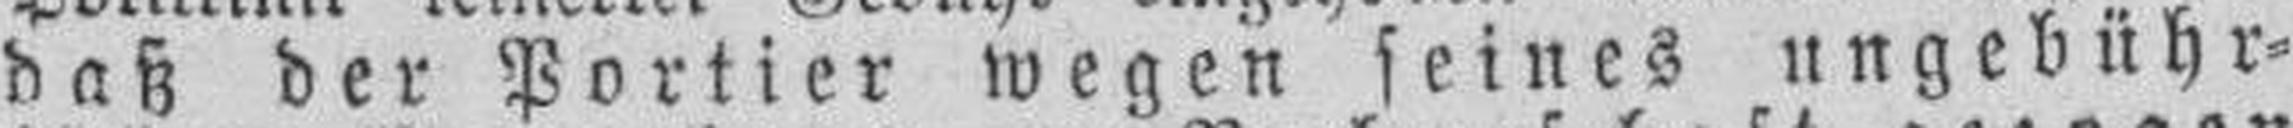
daß der Portier wegen seines ungebühr¬